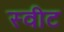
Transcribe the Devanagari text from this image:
स्‍वीट